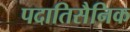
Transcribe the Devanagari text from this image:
पदातिसैनिक